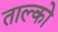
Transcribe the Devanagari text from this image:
ताल्को